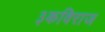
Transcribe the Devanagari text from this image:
३कविराज